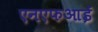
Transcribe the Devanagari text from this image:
एनएफआई